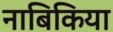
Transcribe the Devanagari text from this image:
नाबिकिया